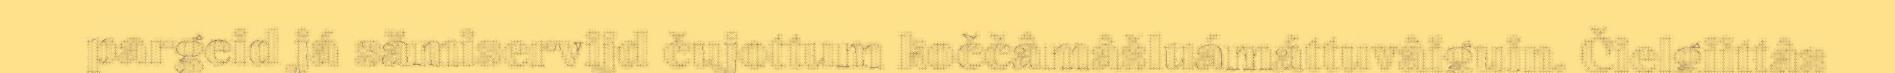
pargeid já sämiservijd čujottum koččâmâšluámáttuvâiguin. Čielgiittâs